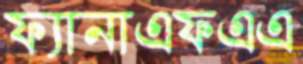
ফ্যানাএফএএ